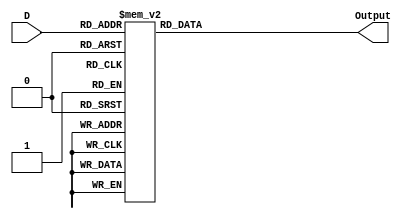
// Question 3
// via GPT-3.5
module Binary_To_Common_Anode_7Segment(D, Output);
        
    input [3:0] D;
    output [6:0] Output;
    reg [6:0] Output;

    always @(*) begin
        case (D)
            // Binary: 0000 -> Display: 0 (Segments: a, b, c, d, e, f)
            4'b0000: Output = 7'b1000000;

            // Binary: 0001 -> Display: 1 (Segments: b, c)
            4'b0001: Output = 7'b1111001;

            // Binary: 0010 -> Display: 2 (Segments: a, b, d, e, g)
            4'b0010: Output = 7'b0100100;

            // Binary: 0011 -> Display: 3 (Segments: a, b, c, d, g)
            4'b0011: Output = 7'b0110000;

            // Binary: 0100 -> Display: 4 (Segments: b, c, f, g)
            4'b0100: Output = 7'b0011001;

            // Binary: 0101 -> Display: 5 (Segments: a, c, d, f, g)
            4'b0101: Output = 7'b0010010;

            // Binary: 0110 -> Display: 6 (Segments: a, c, d, e, f, g)
            4'b0110: Output = 7'b0000010;

            // Binary: 0111 -> Display: 7 (Segments: a, b, c)
            4'b0111: Output = 7'b1111000;

            // Binary: 1000 -> Display: 8 (Segments: a, b, c, d, e, f, g)
            4'b1000: Output = 7'b0000000;

            // Binary: 1001 -> Display: 9 (Segments: a, b, c, d, f, g)
            4'b1001: Output = 7'b0010000;

            // Binary: 1010 -> Display: A (Segments: a, b, c, e, f, g)
            4'b1010: Output = 7'b0001000;

            // Binary: 1011 -> Display: B (Segments: c, d, e, f, g)
            4'b1011: Output = 7'b0000011;

            // Binary: 1100 -> Display: C (Segments: a, d, e, f)
            4'b1100: Output = 7'b1000110;

            // Binary: 1101 -> Display: D (Segments: b, c, d, e, g)
            4'b1101: Output = 7'b0100001;

            // Binary: 1110 -> Display: E (Segments: a, d, e, f, g)
            4'b1110: Output = 7'b0000110;

            // Binary: 1111 -> Display: F (Segments: a, e, f, g)
            4'b1111: Output = 7'b0001110;

            // Default: Turn off all segments (display nothing)
            default: Output = 7'b1111111;
        endcase
    end
endmodule